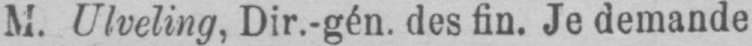
M. Ulveling, Dir.-gén. des fin. Je demande